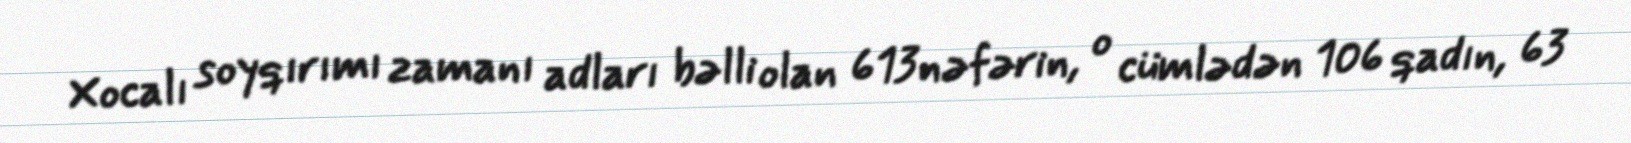
Xocalı soyqırımı zamanı adları bəlli olan 613 nəfərin, o cümlədən 106 qadın, 63